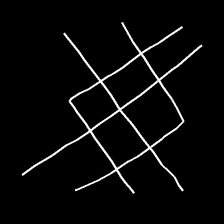
Glyph: crystal